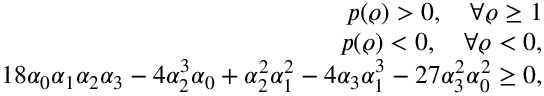
\begin{array} { r l r } & { } & { p ( \varrho ) > 0 , \quad \forall \varrho \ge 1 } \\ & { } & { p ( \varrho ) < 0 , \quad \forall \varrho < 0 , } \\ & { } & { 1 8 \alpha _ { 0 } \alpha _ { 1 } \alpha _ { 2 } \alpha _ { 3 } - 4 \alpha _ { 2 } ^ { 3 } \alpha _ { 0 } + \alpha _ { 2 } ^ { 2 } \alpha _ { 1 } ^ { 2 } - 4 \alpha _ { 3 } \alpha _ { 1 } ^ { 3 } - 2 7 \alpha _ { 3 } ^ { 2 } \alpha _ { 0 } ^ { 2 } \ge 0 , } \end{array}